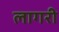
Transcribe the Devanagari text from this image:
लागरी